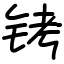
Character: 铐